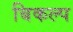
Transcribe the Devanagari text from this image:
बिकल्प